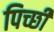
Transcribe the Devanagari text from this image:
पिच्छी